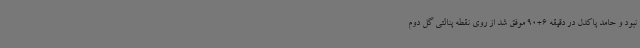
نبود و حامد پاکدل در دقیقه 6+90 موفق شد از روی نقطه پنالتی گل دوم